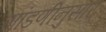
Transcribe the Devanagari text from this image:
मांडणीनुसार